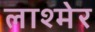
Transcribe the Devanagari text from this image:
लाश्मेर